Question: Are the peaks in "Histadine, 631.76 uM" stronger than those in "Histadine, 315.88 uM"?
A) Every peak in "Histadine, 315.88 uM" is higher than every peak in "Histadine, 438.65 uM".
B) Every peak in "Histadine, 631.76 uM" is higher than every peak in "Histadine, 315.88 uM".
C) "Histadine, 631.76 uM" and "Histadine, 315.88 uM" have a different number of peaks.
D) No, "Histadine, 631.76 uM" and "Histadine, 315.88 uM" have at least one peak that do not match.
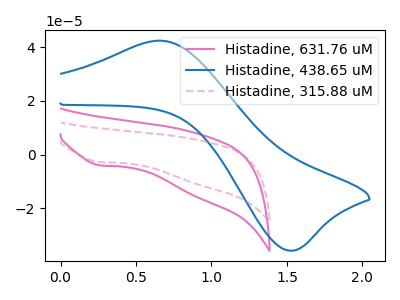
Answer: <think>The pink curve "Histadine, 631.76 uM" has a cathodic peak at: (0.25V, -4.00uA). The blue curve "Histadine, 438.65 uM" has an anodic peak at (0.65V, 42.45uA) and a cathodic peak at (1.50V, -35.75uA). The pink dashed curve "Histadine, 315.88 uM" has a cathodic peak at: (0.25V, -2.80uA).</think>
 <answer>B) Every peak in "Histadine, 631.76 uM" is higher than every peak in "Histadine, 315.88 uM".</answer>
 <eval>B</eval>